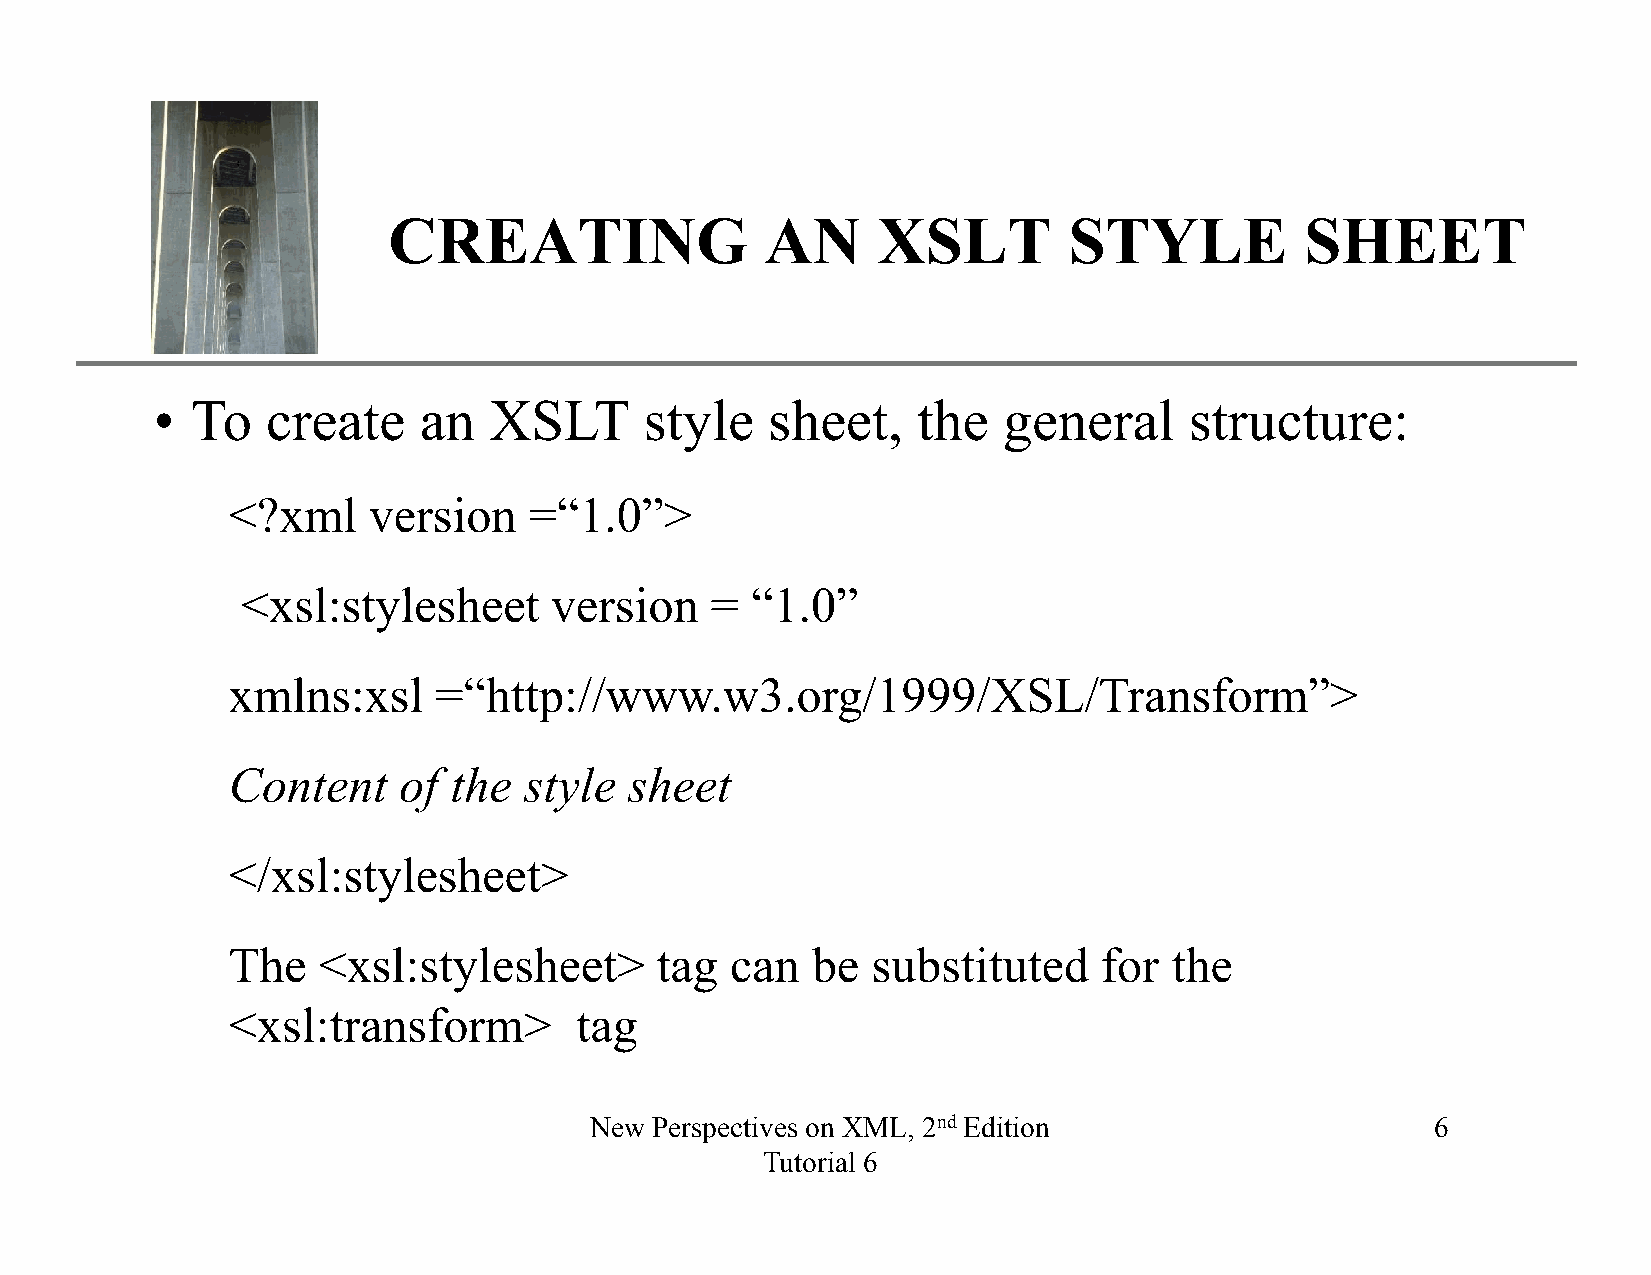
XP
 CREATING                 AN     XSLT         STYLE          SHEET
 •  To   create    an  XSLT       style   sheet,    the  general      structure:
 <?xml    version    =“1.0”>
 <xsl:stylesheet     version    =  “1.0”
 xmlns:xsl     =“http://www.w3.org/1999/XSL/Transform”>
 Content    of  the  style  sheet
 </xsl:stylesheet>
 The   <xsl:stylesheet>      tag  can   be  substituted    for  the
 <xsl:transform>        tag
 New Perspectives on XML, 2nd Edition                    6
 Tutorial 6